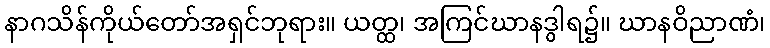
နာဂသိန်ကိုယ်တော်အရှင်ဘုရား။ ယတ္ထ၊ အကြင်ဃာနဒွါရ၌။ ဃာနဝိညာဏံ၊